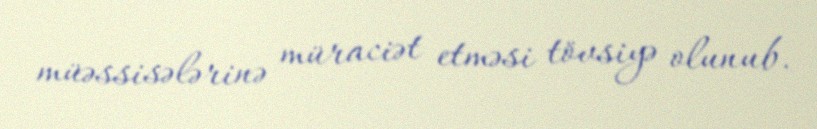
müəssisələrinə müraciət etməsi tövsiyə olunub.